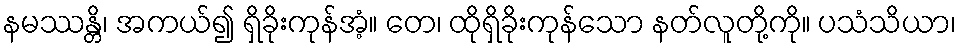
နမဿန္တိ၊ အကယ်၍ ရှိခိုးကုန်အံ့။ တေ၊ ထိုရှိခိုးကုန်သော နတ်လူတို့ကို။ ပသံသိယာ၊